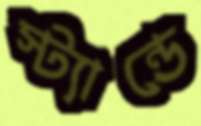
স্ট্যান্ডে